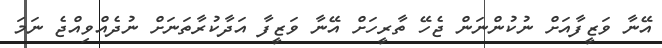
އޭނާ ވަޒީފާއަށް ނުކުންނަން ޖެހޭ ތާރީހަށް އޭނާ ވަޒީފާ އަދާކުރާތަނަށް ނުދެއްވިއްޖެ ނަމަ